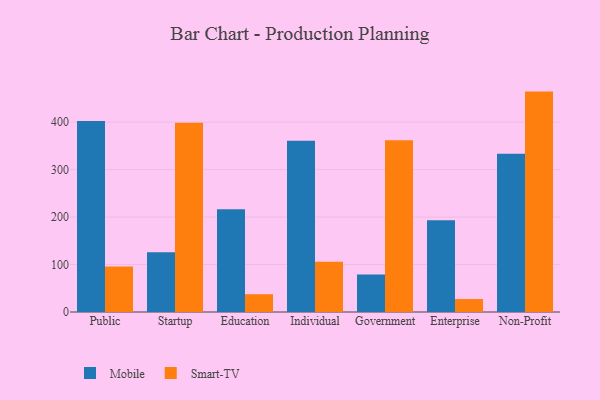
{"axis": {"x": "Segment", "y": "Temperature (°C)"}, "legend": ["Mobile", "Smart-TV"], "data": [{"x": "Public", "y": 402.6, "type": "Mobile"}, {"x": "Public", "y": 95.9, "type": "Smart-TV"}, {"x": "Startup", "y": 125.9, "type": "Mobile"}, {"x": "Startup", "y": 398.8, "type": "Smart-TV"}, {"x": "Education", "y": 216.4, "type": "Mobile"}, {"x": "Education", "y": 37.5, "type": "Smart-TV"}, {"x": "Individual", "y": 361.0, "type": "Mobile"}, {"x": "Individual", "y": 105.8, "type": "Smart-TV"}, {"x": "Government", "y": 79.2, "type": "Mobile"}, {"x": "Government", "y": 361.9, "type": "Smart-TV"}, {"x": "Enterprise", "y": 193.5, "type": "Mobile"}, {"x": "Enterprise", "y": 27.3, "type": "Smart-TV"}, {"x": "Non-Profit", "y": 333.6, "type": "Mobile"}, {"x": "Non-Profit", "y": 464.4, "type": "Smart-TV"}]}